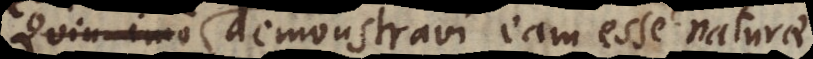
eciatim demonstravi eam esse naturae